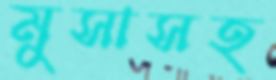
মুসাসহ